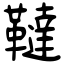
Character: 韃